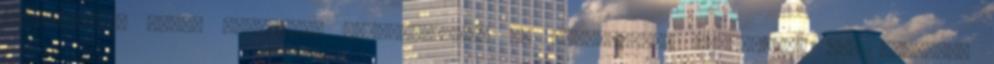
elszámítaná magát türelmünk megítélésében és atomháborút robbantana ki, biztosan